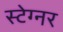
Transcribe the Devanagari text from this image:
स्टेग्नर